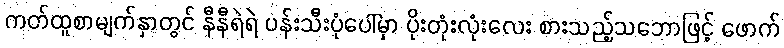
ကတ်ထူစာမျက်နှာတွင် နီနီရဲရဲ ပန်းသီးပုံပေါ်မှာ ပိုးတုံးလုံးလေး စားသည့်သဘောဖြင့် ဖောက်